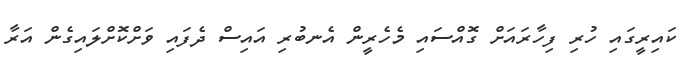
ކައިރީގައި ހުރި ފިހާރައަށް ގޮއްސައި މެހެރީން އެނބުރި އައިސް ދެފައި ވަށްކޮށްލައިގެން އަރާ